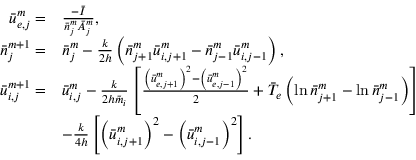
\begin{array} { r l } { \bar { u } _ { e , j } ^ { m } = } & { \frac { - \bar { I } } { \bar { n } _ { j } ^ { m } \bar { A } _ { j } ^ { m } } , } \\ { \bar { n } _ { j } ^ { m + 1 } = } & { \bar { n } _ { j } ^ { m } - \frac { k } { 2 h } \left( \bar { n } _ { j + 1 } ^ { m } \bar { u } _ { i , j + 1 } ^ { m } - \bar { n } _ { j - 1 } ^ { m } \bar { u } _ { i , j - 1 } ^ { m } \right) , } \\ { \bar { u } _ { i , j } ^ { m + 1 } = } & { \bar { u } _ { i , j } ^ { m } - \frac { k } { 2 h \bar { m } _ { i } } \left[ \frac { \left( \bar { u } _ { e , j + 1 } ^ { m } \right) ^ { 2 } - \left( \bar { u } _ { e , j - 1 } ^ { m } \right) ^ { 2 } } { 2 } + \bar { T } _ { e } \left( \ln \bar { n } _ { j + 1 } ^ { m } - \ln \bar { n } _ { j - 1 } ^ { m } \right) \right] } \\ & { - \frac { k } { 4 h } \left[ \left( \bar { u } _ { i , j + 1 } ^ { m } \right) ^ { 2 } - \left( \bar { u } _ { i , j - 1 } ^ { m } \right) ^ { 2 } \right] . } \end{array}